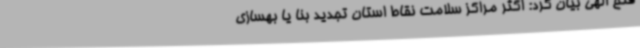
فتح الهی بیان کرد: اکثر مراکز سلامت نقاط استان تجدید بنا یا بهسازی